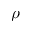
\rho